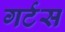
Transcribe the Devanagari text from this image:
गर्टस